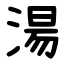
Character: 湯